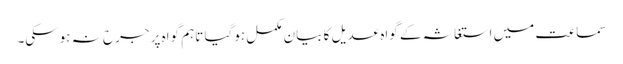
سماعت میں استغاثہ کے گواہ عدیل کا بیان مکمل ہوگیا تاہم گواہ پر جرح نہ ہوسکی۔